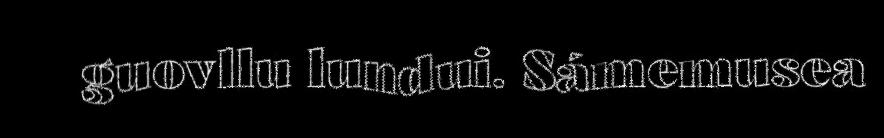
guovllu lundui. Sámemusea